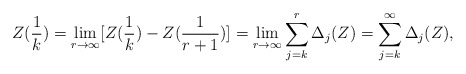
\begin{align*}Z(\frac{1}{k})=\lim_{ r \rightarrow \infty}[Z(\frac{1}{k})-Z(\frac{1}{r+1})] = \lim_{r \rightarrow \infty} \sum_{j=k}^r\Delta_j(Z)=\sum_{j=k}^{\infty}\Delta_j(Z),\end{align*}